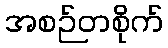
အစဉ်တစိုက်